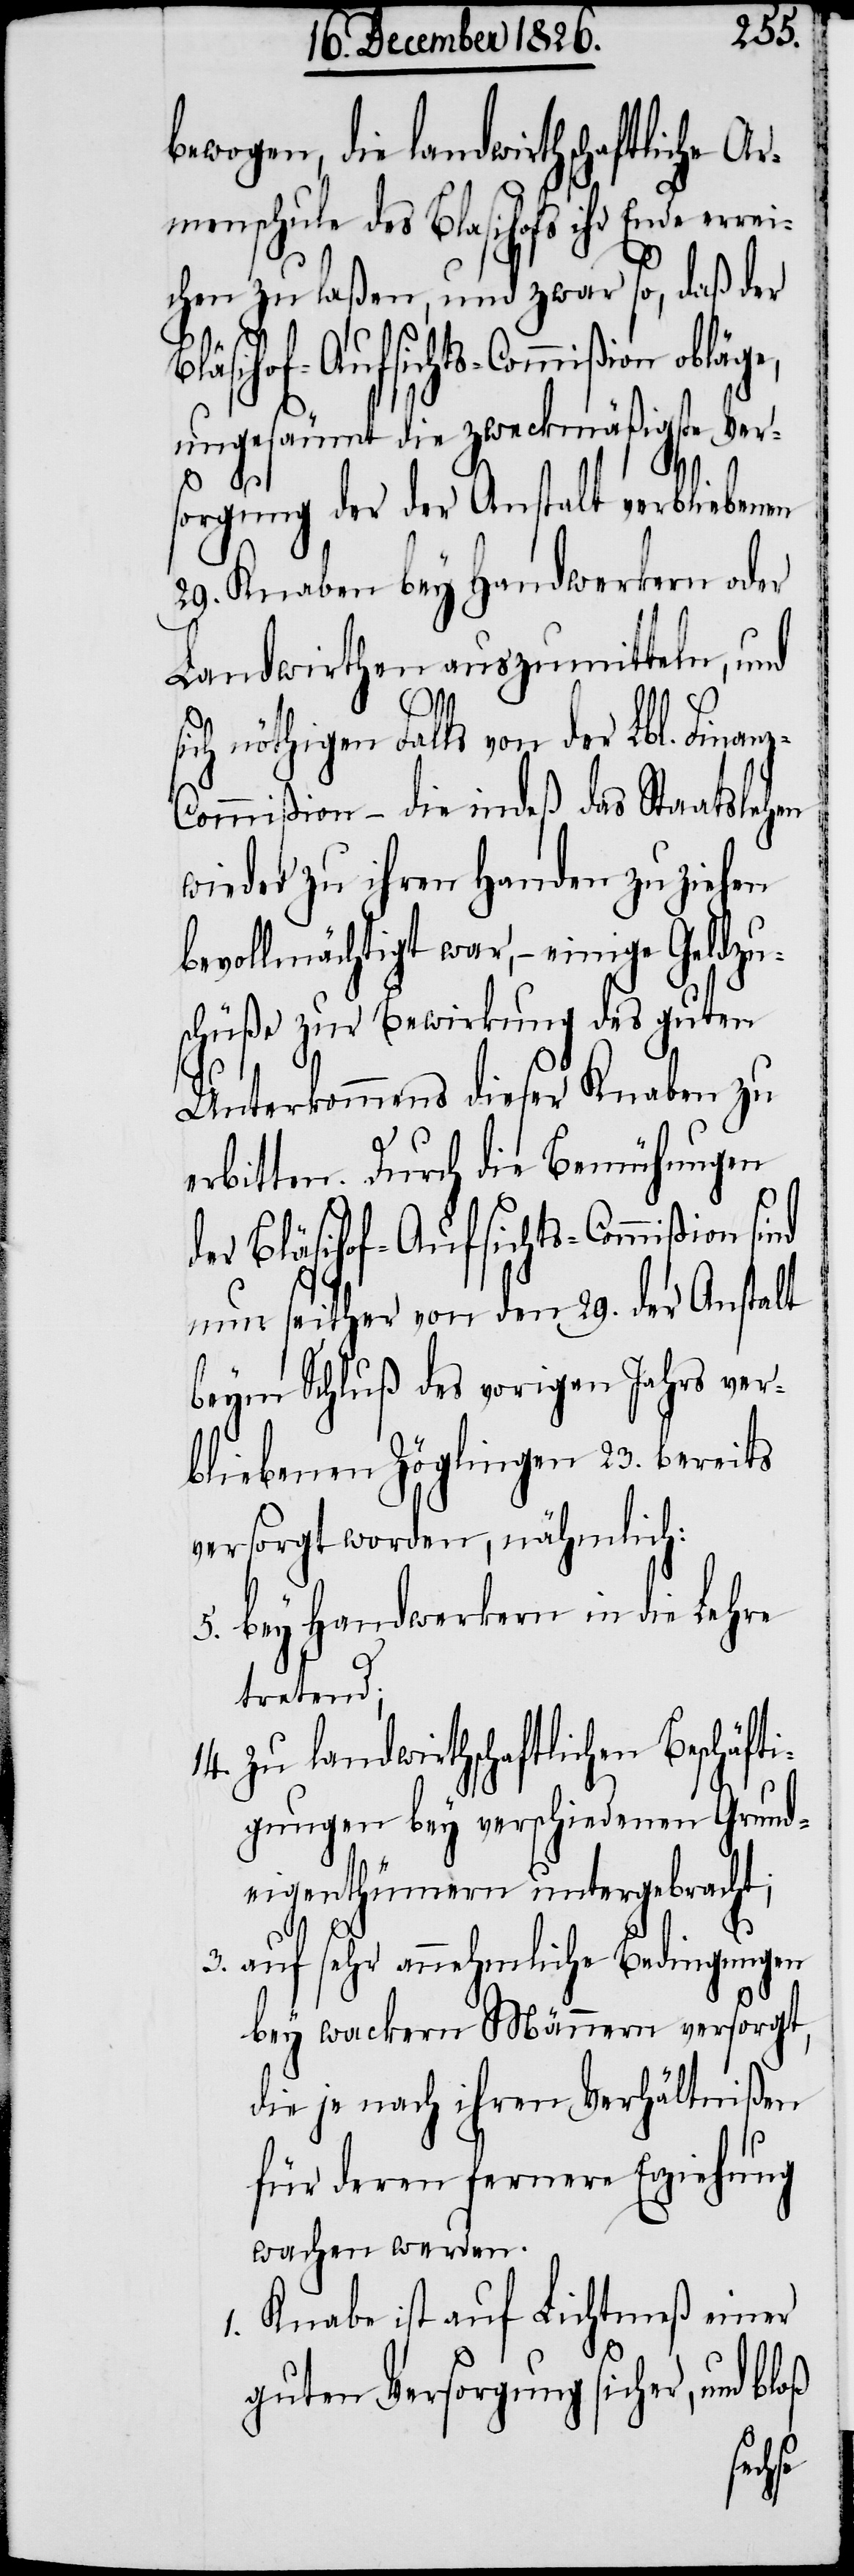
bewogen, die landwirthschaftliche Ar¬
menschule des Blasihofs [sic!] ihr
chen zu laßen, und zwar so, daß der
ungesäumt die zweckmäßigste Ver¬
sorgung der der Anstalt verbliebenen
29. Knaben bey Handwerkern oder
Landwirthen auszumitteln, und
z-C¬
ich nöthigen Falls von der Lbl. Finan¬
ommißion – die indeß das Staatslehen
wieder zu ihren Handen zu ziehen
bevollmächtigt war, – einige Geldzu¬
schüße zur Bewirkung des guten
Unterkommens dieser Knaben zu
erbitten. Durch die Bemühungen
der Bläsihof-Aufsichts-Commißion
nun seither von den 29. der Anstalt
beym Schluß des vorigen Jahrs ver¬
bliebenen Zöglingen 23. bereits
versorgt worden, nähmlich:
5. bey Handwerkern in die Lehre
tretend;
14. zu landwirthschaftlichen Beschäfti¬
gungen bey verschiedenen Grund¬
eigenthümern untergebracht;
3. auf sehr annehmliche Bedingungen
bey wackern Männern versorgt,
die je nach ihren Verhältnißen
für deren fernere Erziehung
wachen werden.
1. Knabe ist auf Lichtmeß einer
guten Versorgung sicher,